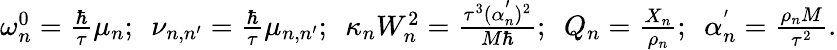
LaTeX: \begin{array}{r}{\omega_{n}^{0}=\frac{\hbar}{\tau}\mu_{n};~~\nu_{n,n^{\prime}}=\frac{\hbar}{\tau}\mu_{n,n^{\prime}};~~\kappa_{n}W_{n}^{2}=\frac{\tau^{3}(\alpha_{n}^{'})^{2}}{M\hbar};~~Q_{n}=\frac{X_{n}}{\rho_{n}};~~\alpha_{n}^{'}=\frac{\rho_{n}M}{\tau^{2}}.}\end{array}